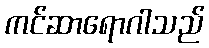
ကင်ဆာရောဂါသည်